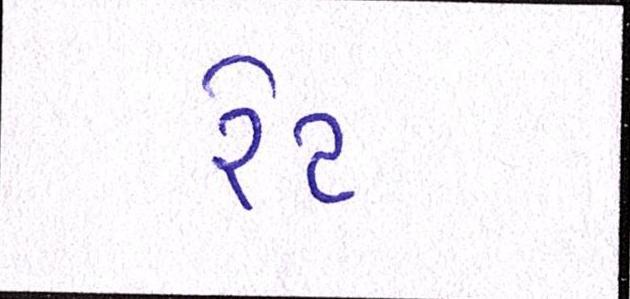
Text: રેટ